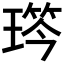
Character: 𤨋